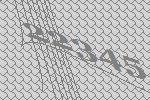
22345